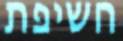
חשיפת